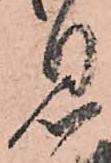
息